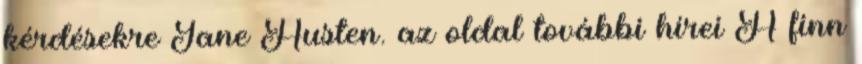
kérdésekre Jane Austen. az oldal további hírei A finn